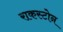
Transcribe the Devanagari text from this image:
राकस्टोन